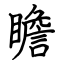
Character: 瞻